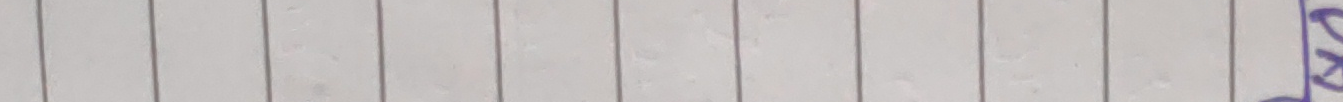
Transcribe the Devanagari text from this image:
२००